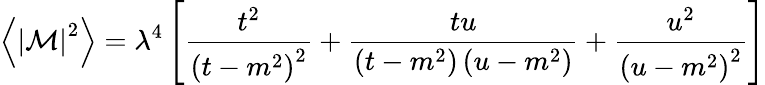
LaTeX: \left\langle\left\vert\mathcal{M}\right\vert^{2}\right\rangle=\lambda^{4}\left[\frac{t^{2}}{\left(t-m^{2}\right)^{2}}+\frac{tu}{\left(t-m^{2}\right)\left(u-m^{2}\right)}+\frac{u^{2}}{\left(u-m^{2}\right)^{2}}\right]